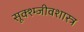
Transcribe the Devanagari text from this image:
सूक्श्म्जीवशास्त्र